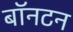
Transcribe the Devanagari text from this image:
बॉनटन